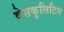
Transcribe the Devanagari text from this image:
वेसकुलिटिस